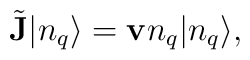
\tilde{{\bf J}}|n_q\rangle ={\bf v}n_q |n_q\rangle  ,